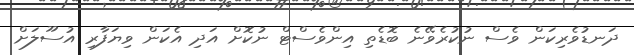
ދަނޑުވެރިކަން ވެސް ނުކުރެވޭނެ ބޮޑެތި އިންވެސްޓް ނުކޮށް އަދި އެކަން ވިޔަފާރި އުސޫލަށް